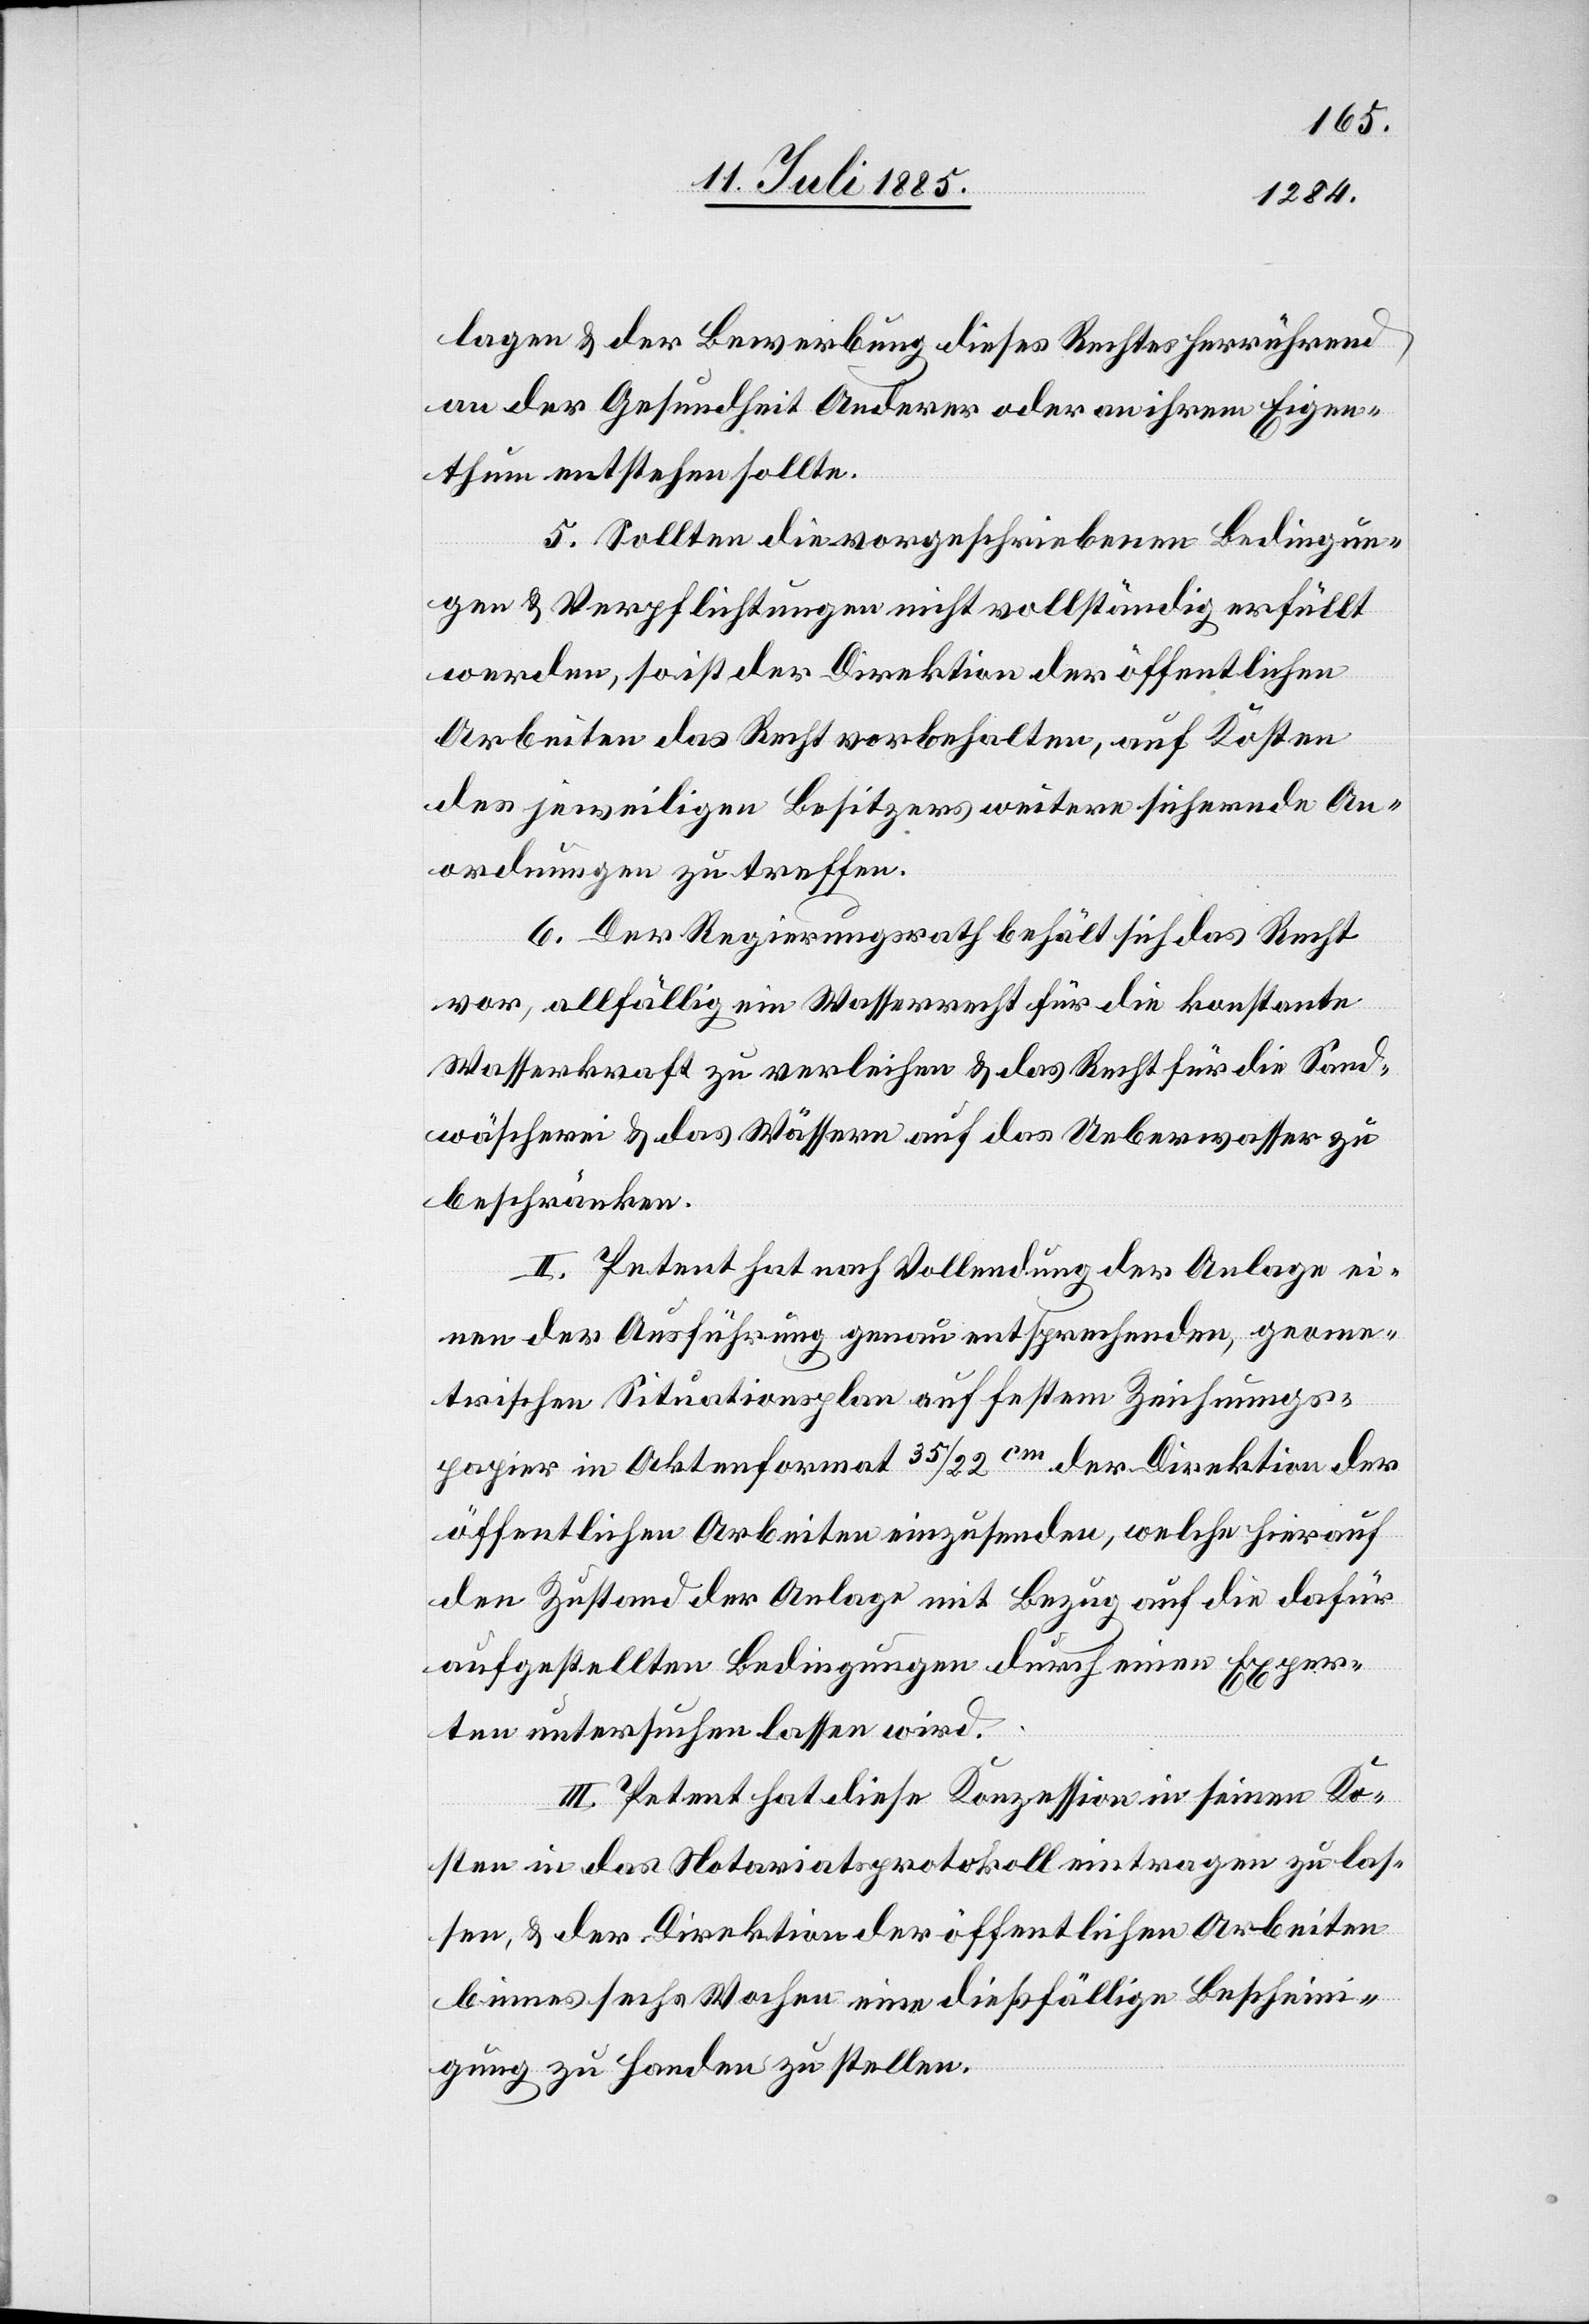
lagen & der Bewerbung dieses Rechtes herrührend
an der Gesundheit Anderer oder an ihrem Eigen¬
thum entstehen sollte.
5. Sollten die vorgeschriebenen Bedingun¬
gen & Verpflichtungen nicht vollständig erfüllt
werden, so ist der Direktion der öffentlichen
Arbeiten das Recht vorbehalten, auf Kosten
des jeweiligen Besitzers weitere sichernde An¬
ordnungen zu treffen.
6. Der Regierungsrath behält sich das Recht
vor, allfällig ein Wasserrecht für die konstante
Wasserkraft zu verleihen & das Recht für die Sand¬
wäscherei & das Wässern auf das Ueberwasser zu
beschränken.
II. Petent hat nach Vollendung der Anlage ei¬
nen der Ausführung genau entsprechenden, geome¬
trischen Situationsplan auf festem Zeichnungs¬
papier in Aktenformat 35/22 cm der Direktion der
öffentlichen Arbeiten einzusenden, welche hierauf
den Zustand der Anlage mit Bezug auf die dafür
aufgestellten Bedingungen durch einen Exper¬
ten untersuchen lassen wird.
III. Petent hat diese Konzession in seinen Ko¬
sten in das Notariatsprotokoll eintragen zu las¬
sen, & der Direktion der öffentlichen Arbeiten
[sic!] sechs Wochen eine dießfällige Beschein¬
igung zu Handen zu stellen.